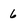
Character: 6